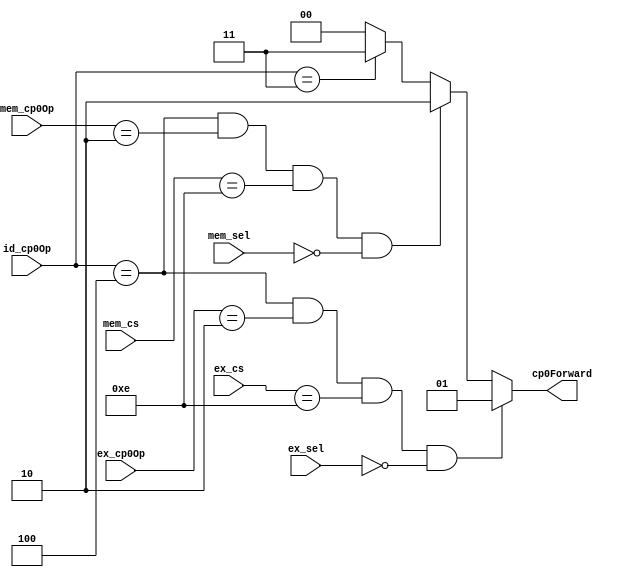
`timescale 1ns / 1ps
module CP0ForwardingUnit(id_cp0Op,
	                     ex_cs,  ex_sel,  ex_cp0Op,
						 mem_cs, mem_sel, mem_cp0Op,
						 cp0Forward);
	
	input      [2:0] id_cp0Op;
	input      [4:0] ex_cs;
	input      [2:0] ex_sel;
	input 	   [2:0] ex_cp0Op;
	input      [4:0] mem_cs;
	input      [2:0] mem_sel;
	input      [2:0] mem_cp0Op;

	output reg [1:0] cp0Forward;


	parameter ERET = 3'b100, MTCO = 3'b010, SYSCALL = 3'b011;
	always @(*) begin
		//*****IDERET,EXMTCO***//
		if (     id_cp0Op == ERET && ex_cp0Op  == MTCO && ex_cs  == 5'd14 && ex_sel  == 3'd0)
			cp0Forward <= 2'b01;
		//*****IDERET,MEMMTCO**//
		else if (id_cp0Op == ERET && mem_cp0Op == MTCO && mem_cs == 5'd14 && mem_sel == 3'd0)
			cp0Forward <= 2'b10;
		//*****IDSYSCALL*********//
		else if (id_cp0Op == SYSCALL)
			cp0Forward <= 2'b11;
		else 
			cp0Forward <= 0;
	end
endmodule // CP0ForwardingUnit